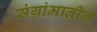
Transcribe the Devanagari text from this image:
संग्रांमातील